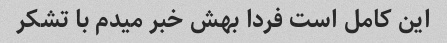
این کامل است فردا بهش خبر میدم با تشکر